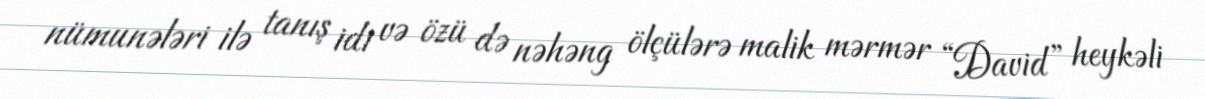
nümunələri ilə tanış idi və özü də nəhəng ölçülərə malik mərmər “David” heykəli